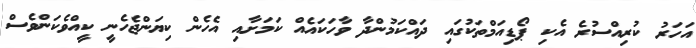
އަހަރު ކުރިއްސުރެ އެކި ޕޯޑިއަމްތަކުގައި ދައްކަމުންދާ ވާހަކައެއް ކަމަށާއި އެހެން ކިޔަންޖެހެނީ ކީއްވެކަންވެސް